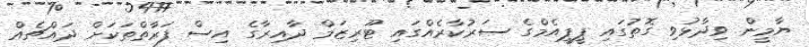
ޔާމީން ވިދާޅުވި ގޮތުގައި ޕީޕީއެމްގެ ސަރުކާރެއްގައި ޓޫރިޒަމް ދާއިރާގެ އިސް ފަރާތްތަކަށް ދައްޗެއް